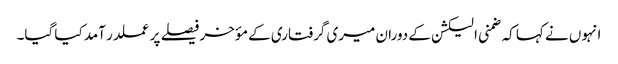
انہوں نے کہا کہ ضمنی الیکشن کے دوران میری گرفتاری کے مؤخر فیصلے پر عملدر آمد کیا گیا۔